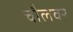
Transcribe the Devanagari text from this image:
चौलवर